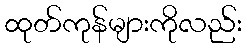
ထုတ်ကုန်များကိုလည်း